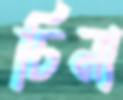
চিনা